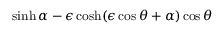
\sinh { \alpha } - \epsilon \cosh ( \epsilon \cos \theta + { \alpha } ) \cos \theta